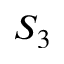
S _ { 3 }